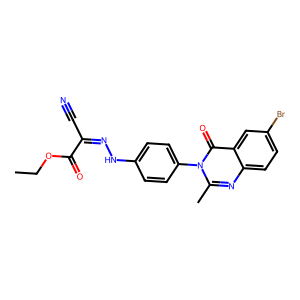
SMILES: CCOC(=O)C(C#N)=NNc1ccc(-n2c(C)nc3ccc(Br)cc3c2=O)cc1
Inhibits HIV replication: No